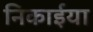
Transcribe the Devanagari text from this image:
निकाईया